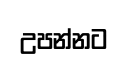
උපන්නට